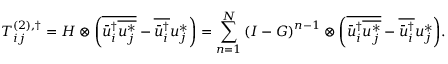
T _ { i j } ^ { \left( 2 \right) , \dag } = H \otimes \left( { \overline { { \bar { u } _ { i } ^ { \dag } \overline { { u _ { j } ^ { * } } } } } - \overline { { \bar { u } _ { i } ^ { \dag } } } u _ { j } ^ { * } } \right) = \sum _ { n = 1 } ^ { N } { { { \left( { I - G } \right) } ^ { n - 1 } } \otimes \left( { \overline { { \bar { u } _ { i } ^ { \dag } \overline { { u _ { j } ^ { * } } } } } - \overline { { \bar { u } _ { i } ^ { \dag } } } u _ { j } ^ { * } } \right) } .